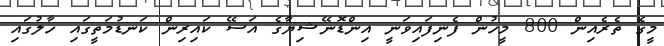
މީގެ ތެރެއިން 800 މީހުން ފެނިފައިވަނީ އިންޑޮނޭޝިޔާގެ އަސޭ ކައިރިން ކަނޑުމަތީގައި ހާލުގައި